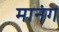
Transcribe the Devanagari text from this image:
मानंग